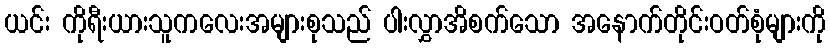
ယင်း ကိုရီးယားသူကလေးအများစုသည် ပါးလွှာအိစက်သော အနောက်တိုင်းဝတ်စုံများကို